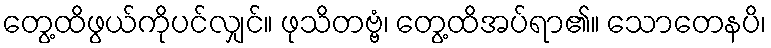
တွေ့ထိဖွယ်ကိုပင်လျှင်။ ဖုသိတဗ္ဗံ၊ တွေ့ထိအပ်ရာ၏။ သောတေနပိ၊